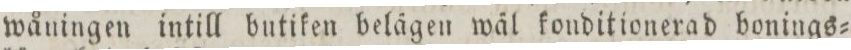
wåningen intill butiken belägen wäl konditionerad bonings=